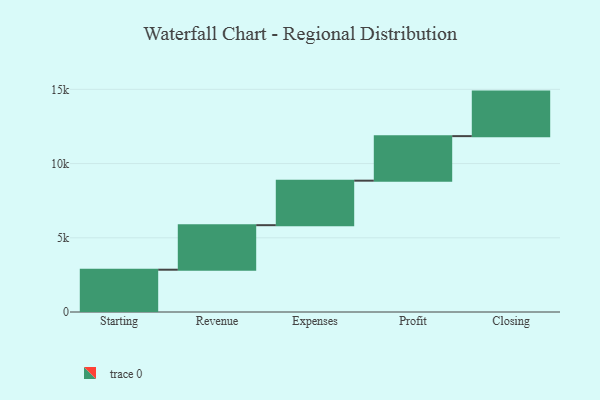
{"axis": {"x": "Step", "y": "Value"}, "legend": [""], "data": [{"x": "Starting", "y": 2849.0, "type": ""}, {"x": "Revenue", "y": 3000, "type": ""}, {"x": "Expenses", "y": 3000, "type": ""}, {"x": "Profit", "y": 3000, "type": ""}, {"x": "Closing", "y": 3000, "type": ""}]}